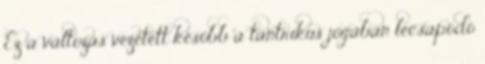
Ez a változás vezetett később a tantrikus jógában lecsapódó